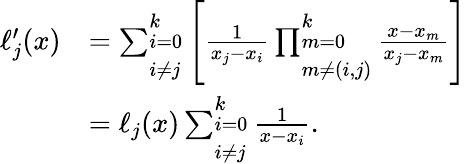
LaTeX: {\begin{array}{rl}{\ell_{j}^{\prime}(x)}&{=\sum_{\begin{array}{l}{i=0}\\ {i\not=j}\end{array}}^{k}{\Biggl[}{\frac{1}{x_{j}-x_{i}}}\prod_{\begin{array}{l}{m=0}\\ {m\not=(i,j)}\end{array}}^{k}{\frac{x-x_{m}}{x_{j}-x_{m}}}{\Biggr]}}\\ &{=\ell_{j}(x)\sum_{\begin{array}{l}{i=0}\\ {i\not=j}\end{array}}^{k}{\frac{1}{x-x_{i}}}.}\end{array}}